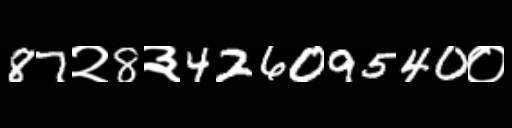
Text: 87२8३42609540०